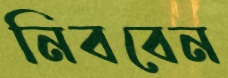
নিববেন